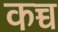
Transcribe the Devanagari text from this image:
कच्च